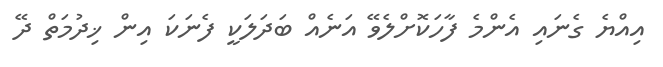
އިއްޔެ ގެނައި އެންމެ ފާހަކޮށްލެވޭ އަނެއް ބަދަލަކީ ފެނަކަ އިން ޚިދުމަތް ދޭ